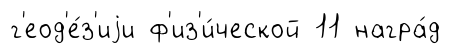
г'еод'е́з'иjи ф'из'и́ческой 11 награ́д